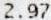
2.97